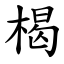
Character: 楬